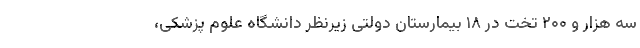
سه هزار و ۲۰۰ تخت در ۱۸ بیمارستان دولتی زیرنظر دانشگاه علوم پزشکی،